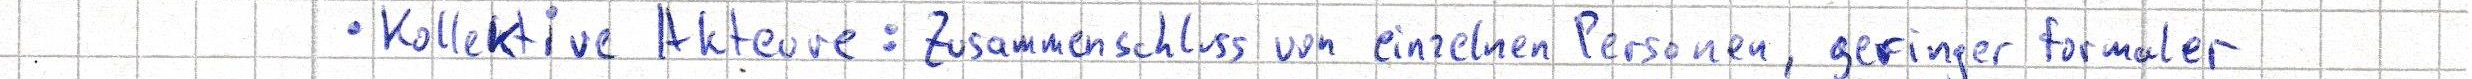
- Kollektive Akteure: Zusammenschluss von einzelnen Personen, geringer formaler